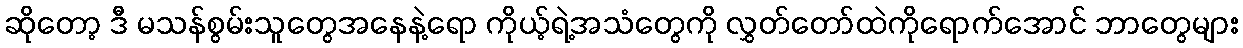
ဆိုတော့ ဒီ မသန်စွမ်းသူတွေအနေနဲ့ရော ကိုယ့်ရဲ့အသံတွေကို လွှတ်တော်ထဲကိုရောက်အောင် ဘာတွေများ